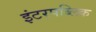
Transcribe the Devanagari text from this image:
इंटरपब्लिक